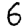
Digit: 6